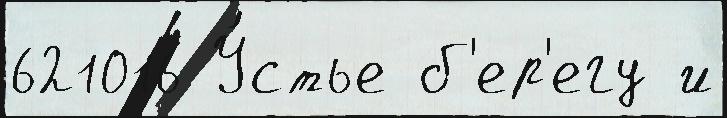
621016 У́стье б'ер'егу и